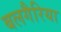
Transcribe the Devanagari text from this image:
बलगैरिया